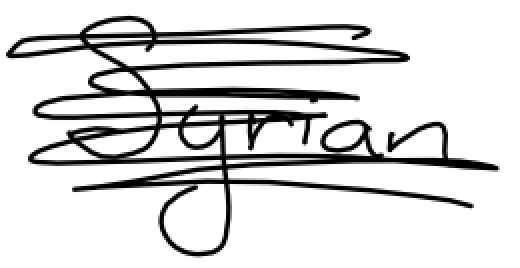
Text: Syrian
Cross-out: mix
Writing tool: digital_black